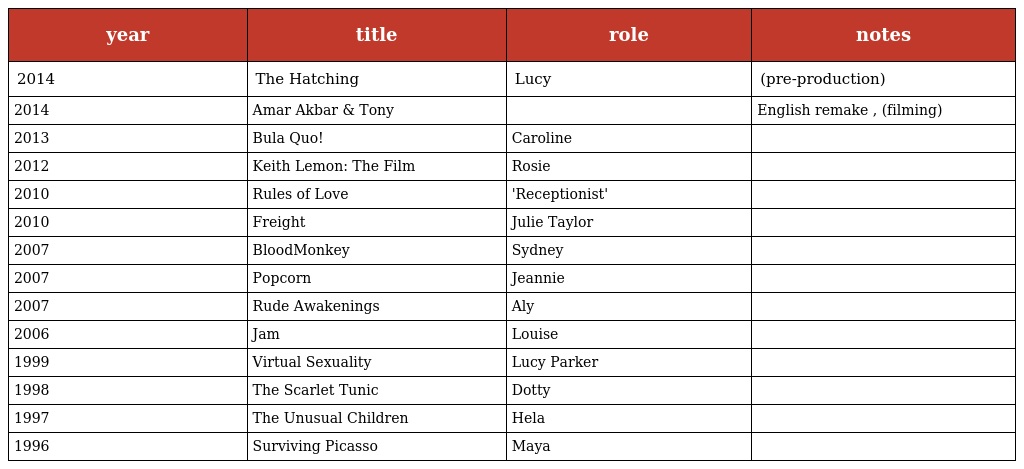
| year | title | role | notes |
 | --- | --- | --- | --- |
 | 2014 | The Hatching | Lucy | (pre-production) |
 | 2014 | Amar Akbar & Tony |  | English remake , (filming) |
 | 2013 | Bula Quo! | Caroline |  |
 | 2012 | Keith Lemon: The Film | Rosie |  |
 | 2010 | Rules of Love | 'Receptionist' |  |
 | 2010 | Freight | Julie Taylor |  |
 | 2007 | BloodMonkey | Sydney |  |
 | 2007 | Popcorn | Jeannie |  |
 | 2007 | Rude Awakenings | Aly |  |
 | 2006 | Jam | Louise |  |
 | 1999 | Virtual Sexuality | Lucy Parker |  |
 | 1998 | The Scarlet Tunic | Dotty |  |
 | 1997 | The Unusual Children | Hela |  |
 | 1996 | Surviving Picasso | Maya |  |